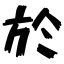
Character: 於